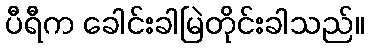
ပီရီက ခေါင်းခါမြဲတိုင်းခါသည်။